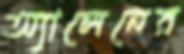
অ্যালেনের